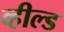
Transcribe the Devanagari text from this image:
व्हील्ड